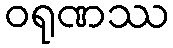
ဝရုဏဿ